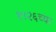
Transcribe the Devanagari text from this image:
१९२६च्या